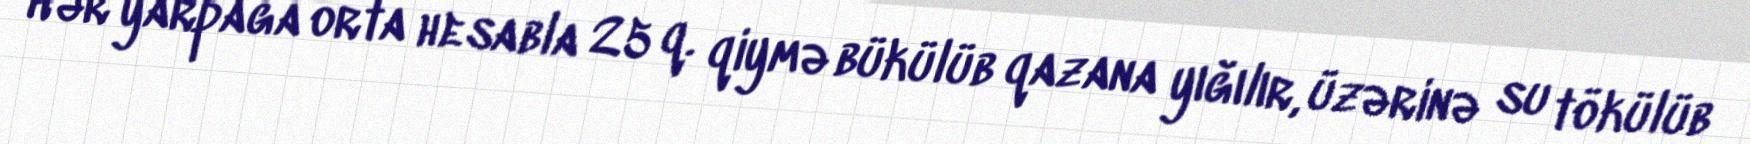
Hər yarpağa orta hesabla 25 q. qiymə bükülüb qazana yığılır, üzərinə su tökülüb